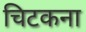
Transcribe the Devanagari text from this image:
चिटकना